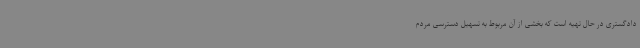
دادگستری در حال تهیه است که بخشی از آن مربوط به تسهیل دسترسی مردم